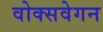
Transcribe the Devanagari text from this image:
वोक्सवेगन